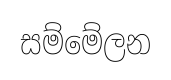
සම්මේලන